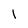
Character: 1